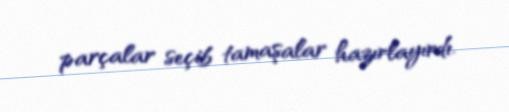
parçalar seçib tamaşalar hazırlayırdı.